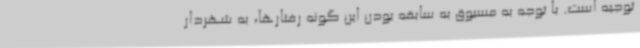
توجیه است. با توجه به مسبوق به سابقه بودن این گونه رفتارها، به شهردار